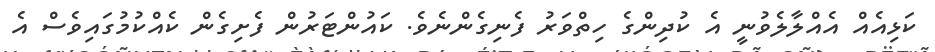
ކަޅިއެއް އެއްލާލެވުނީ އެ ކުދިންގެ ހިތްވަރު ފެނިގެންނެވެ. ކައުންޓަރުން ފެށިގެން ކެއްކުމުގައިވެސް އެ